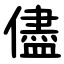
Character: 儘